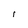
Character: i